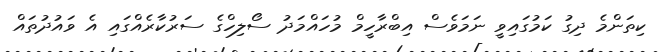
ކިތަންމެ ދިގު ކަމުގައިވީ ނަމަވެސް އިބްރާހީމް މުހައްމަދު ސޯލިހްގެ ސަރުކާރެއްގައި އެ ވައުދުތައް